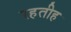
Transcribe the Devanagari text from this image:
रहतीह